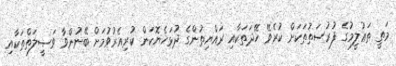
މަތީ ތަޢުލީމުގެ ފުރުސަތުތަކަށް ކުރެވޭ ހޭދަތަކާއި ރައްޔިތުންގެ ދުޅަހެޔޮކަން ކުރިއެރުވުމަށް ބޭނުންވާ ވަޞީލަތްތަކާއި